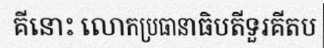
គីនោះ លោកប្រធានាធិបតីទួរគីតប